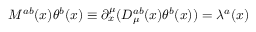
M ^ { a b } ( x ) \theta ^ { b } ( x ) \equiv \partial _ { x } ^ { \mu } ( { \cal D } _ { \mu } ^ { a b } ( x ) \theta ^ { b } ( x ) ) = \lambda ^ { a } ( x )